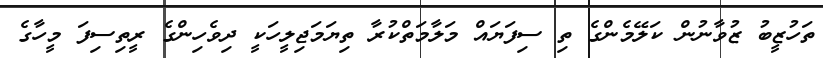
ތަހުޒީބު ޒުވާނުން ކަލޭމެންގެ ތި ސިފަޔައް މަލާމަތްކުރާ ތިޔަމަޖިލީހަކީ ދިވެހިންގެ ރީތިސިފަ މީހާގެ